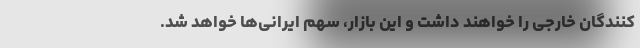
کنندگان خارجی را خواهند داشت و این بازار، سهم ایرانی‌ها خواهد شد.